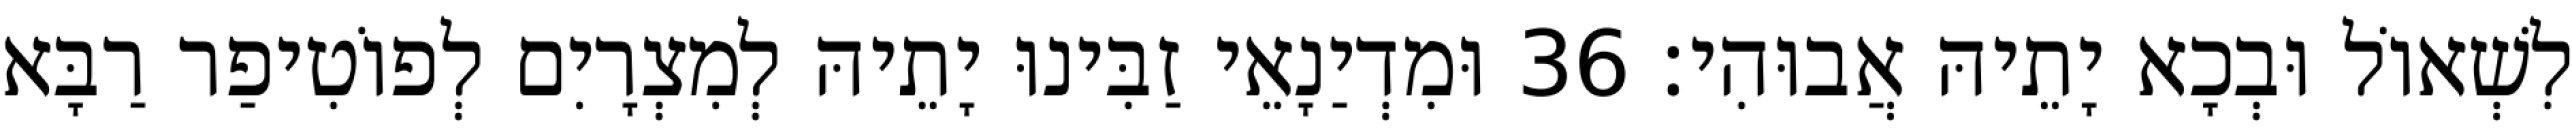
לִשְׁאוֹל וּבְכָא יָתֵיהּ אֲבוּהִי׃ 36 וּמִדְיַנָאֵי זַבִּינוּ יָתֵיהּ לְמִצְרָיִם לְפוֹטִיפַר רַבָּא